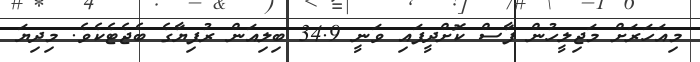
މިއަހަރަށް މަޖިލީހުން ފާސް ކޮށްދީފައި ވަނީ 34.9 ބިލިއަން ރުފިޔާގެ ބެޖެޓެކެވެ. މިދިޔަ